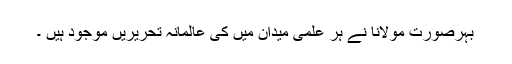
بہرصورت مولانا نے ہر علمی میدان میں کی عالمانہ تحریریں موجود ہیں ۔